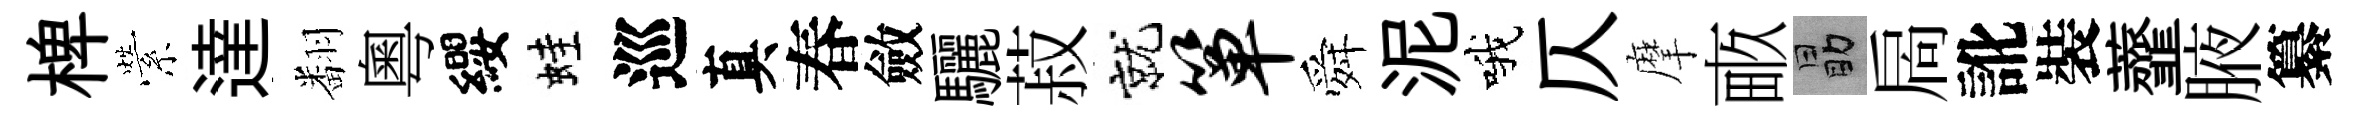
椑縈達翻粵纓蛙巡真春斂驪菽就箪舜泥哦仄摩畞勗扄訛裝虀腋纂